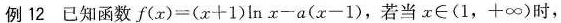
例 12已知函数$$f ( x ) = ( x + 1 ) 1 n x - a ( x - 1 )$$，若当$$x \in (1，+∞)$$时，